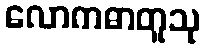
လောကဓာတူသု